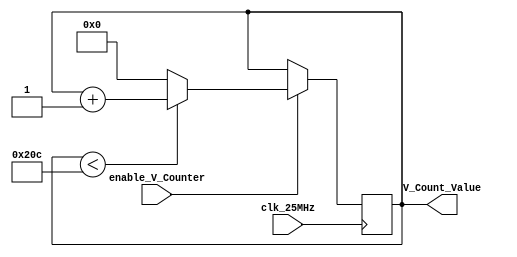
module vertical_counter(
    input clk_25MHz,
    input enable_V_Counter,
    output reg [15:0] V_Count_Value=0
    );
    
    always@(posedge clk_25MHz) begin
    if(enable_V_Counter == 1'b1) begin
        if(V_Count_Value <524)
          V_Count_Value <= V_Count_Value +1;
        else V_Count_Value<=0;
    end
    end
endmodule